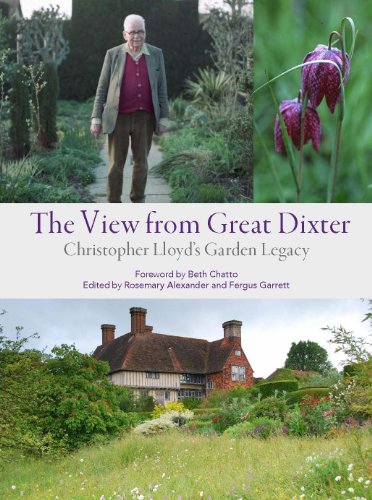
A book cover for The View from Great Dixter: Christopher Lloyd's Garden Legacy; Crafts, Hobbies & Home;